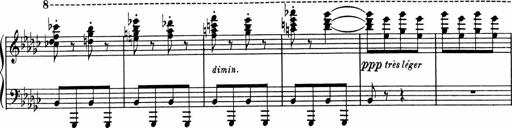
Title: Sonatine pour piano
Composer: Albert Roussel